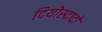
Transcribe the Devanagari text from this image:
दियोस्दादो